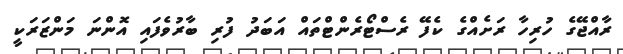
ރާއްޖޭގެ ހުރިހާ ރަށެއްގެ ކެފޭ ރެސްޓޯރެންޓްތައް އަބަދު ފުރި ބާރުވެފައި އޮންނަ މަންޒަރަކީ